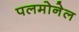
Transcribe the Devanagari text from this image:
पलमोनेल